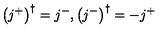
\left( j ^ { + } \right) ^ { \dagger } = j ^ { - } , \left( j ^ { - } \right) ^ { \dagger } = - j ^ { + }